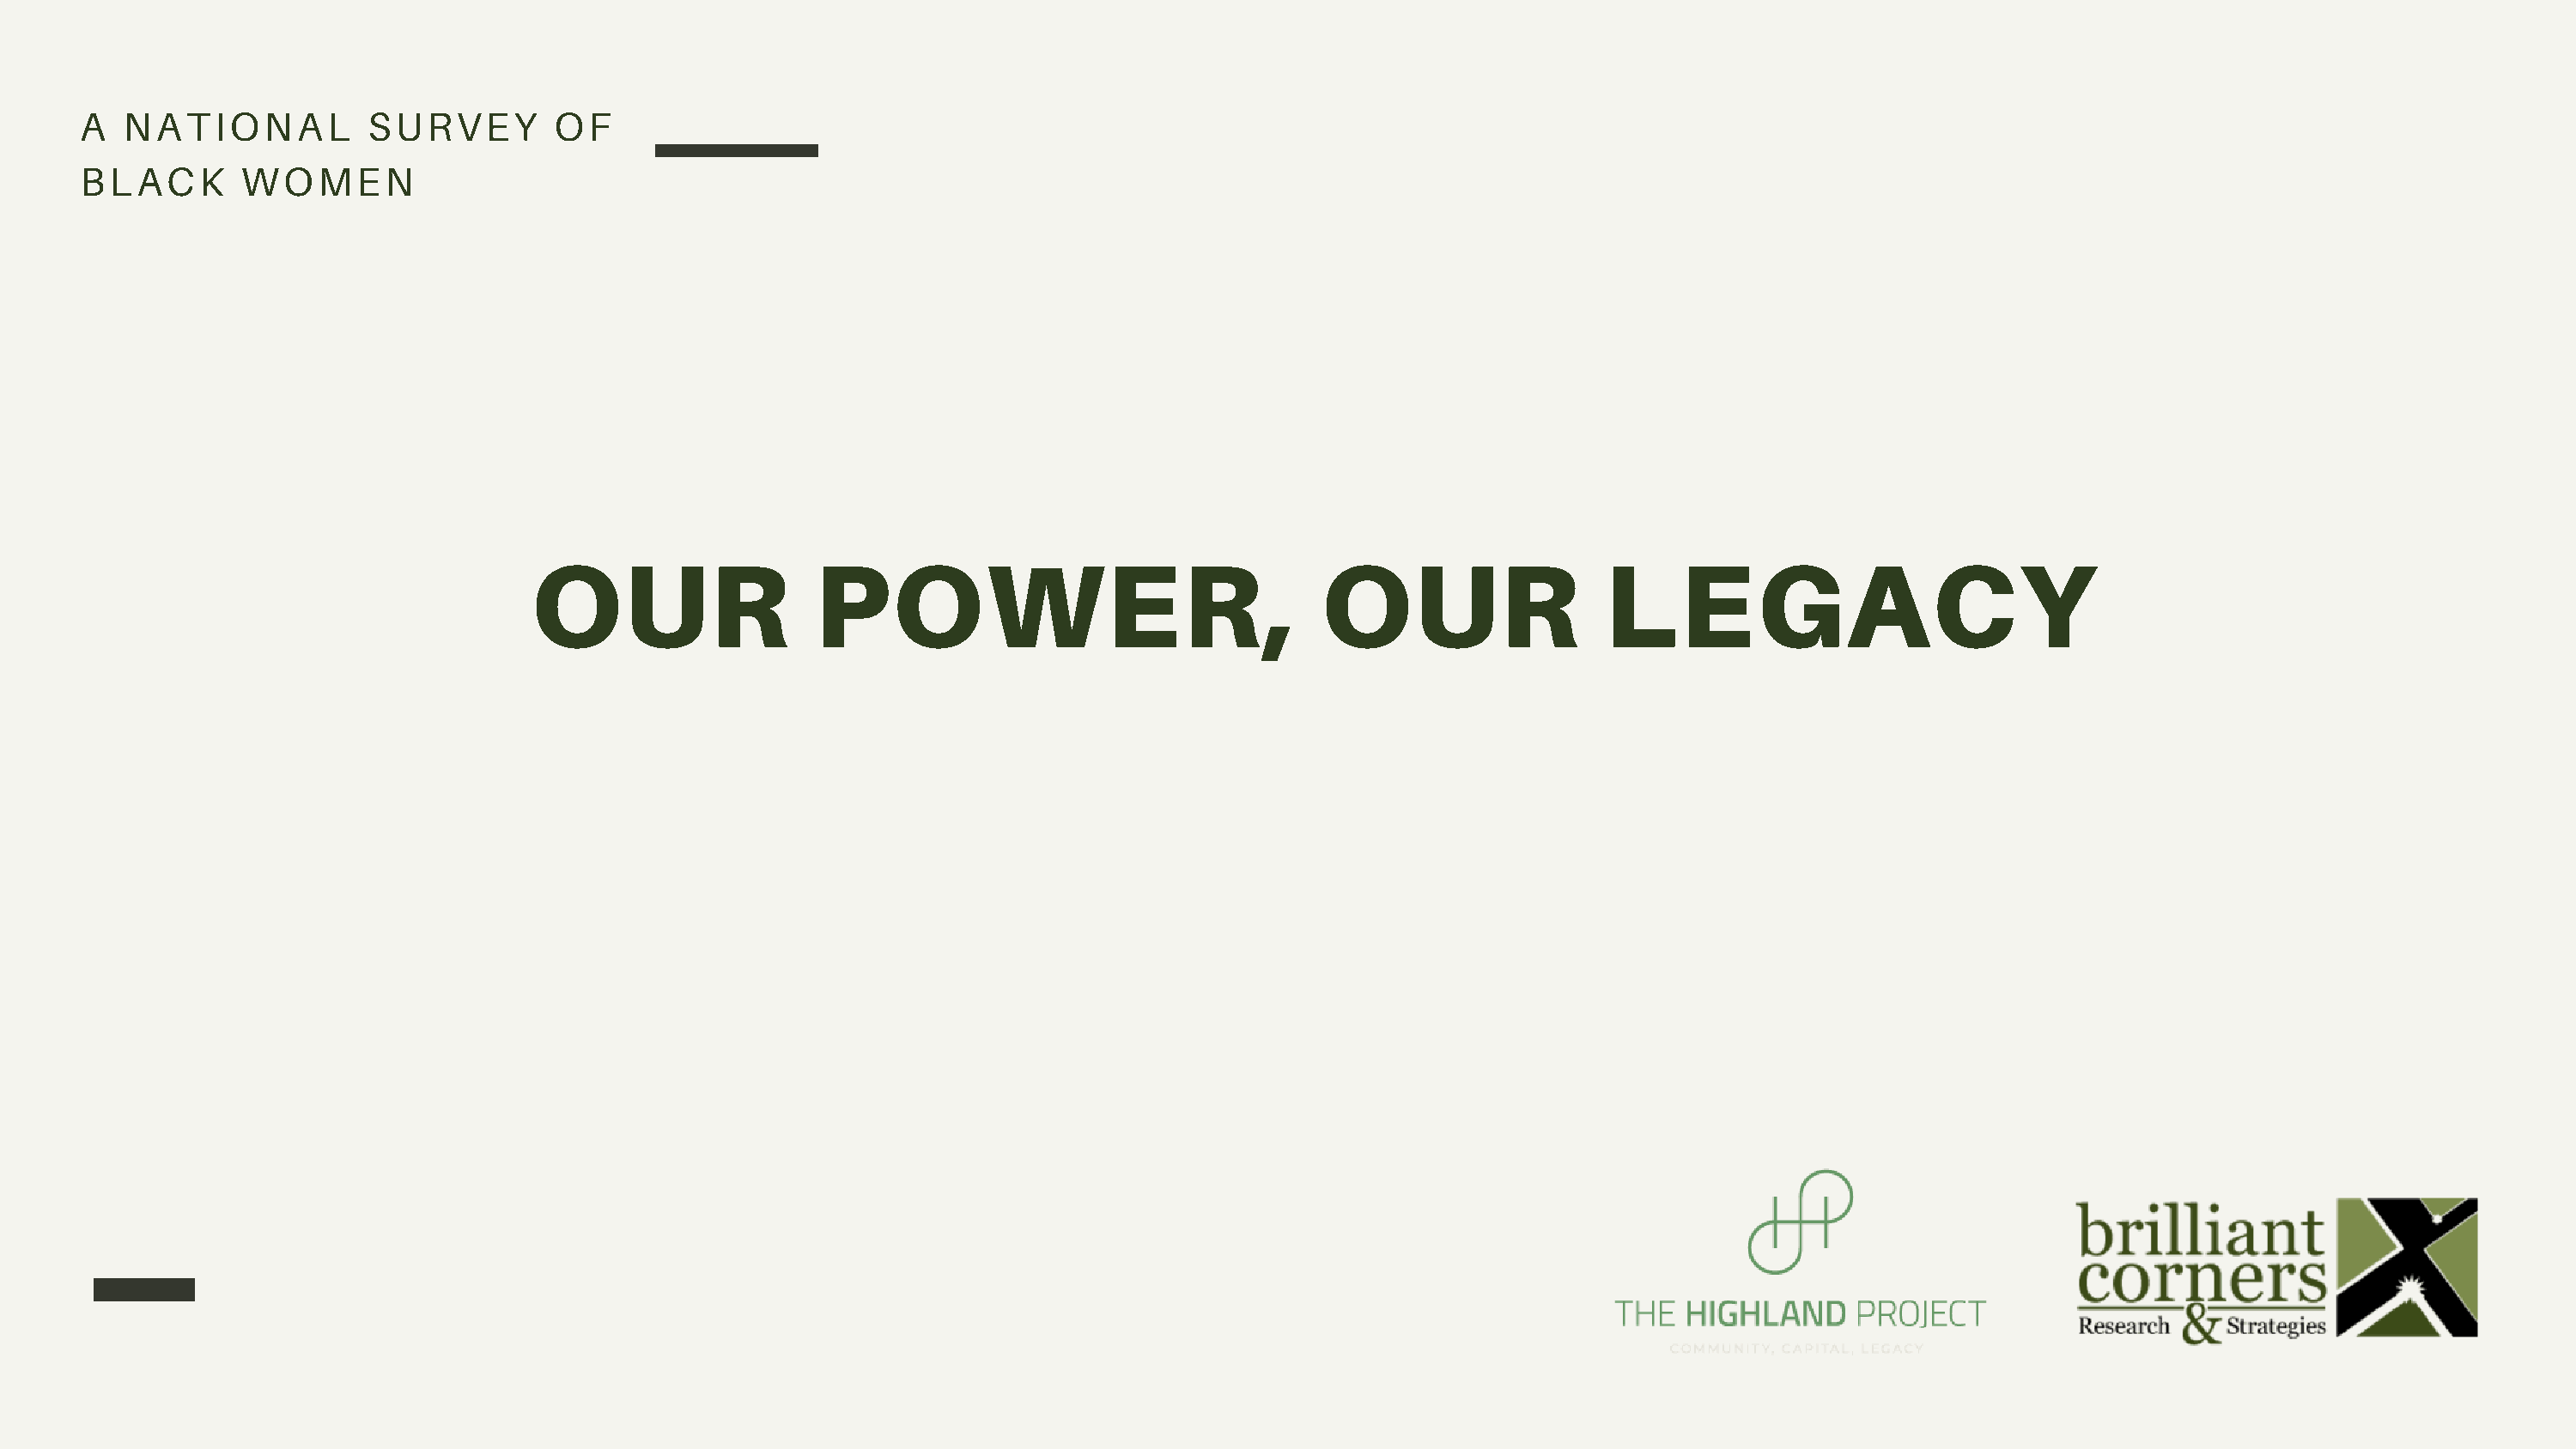
A  NATIONAL           SURVEY         OF
 BLACK        WOMEN
 OUR                   POWER,                                 OUR                   LEGACY